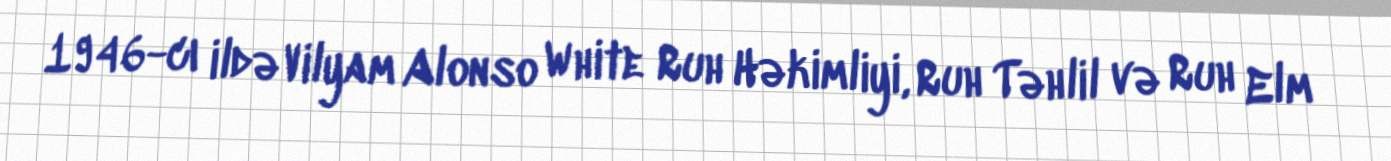
1946-cı ildə Vilyam Alonso White Ruh Həkimliyi, Ruh Təhlil və Ruh Elm